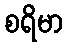
စရိမာ